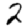
Digit: 2